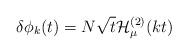
LaTeX: \begin{align*}\delta\phi_k(t)=N \sqrt{t} { \cal H}^{(2)}_\mu ( k t )\end{align*}